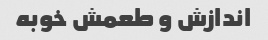
اندازش و طعمش خوبه